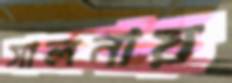
সালনায়